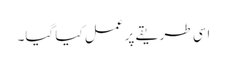
اسی طریقے پر عمل کیا گیا۔